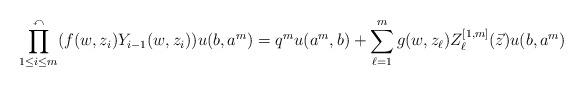
LaTeX: \begin{align*}\prod_{1\le i \le m}^{\curvearrowleft}(f(w, z_{i})Y_{i-1}(w, z_{i}))u(b, a^{m})=q^{m}u(a^{m}, b)+\sum_{\ell=1}^{m}g(w, z_{\ell})Z_{\ell}^{[1, m]}(\vec{z}) u(b, a^{m})\end{align*}